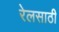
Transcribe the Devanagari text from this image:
रेलसाठी